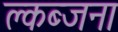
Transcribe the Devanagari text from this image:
क्लब्जना